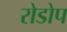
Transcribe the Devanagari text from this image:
रोडोप